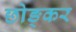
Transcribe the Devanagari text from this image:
छोङ्कर